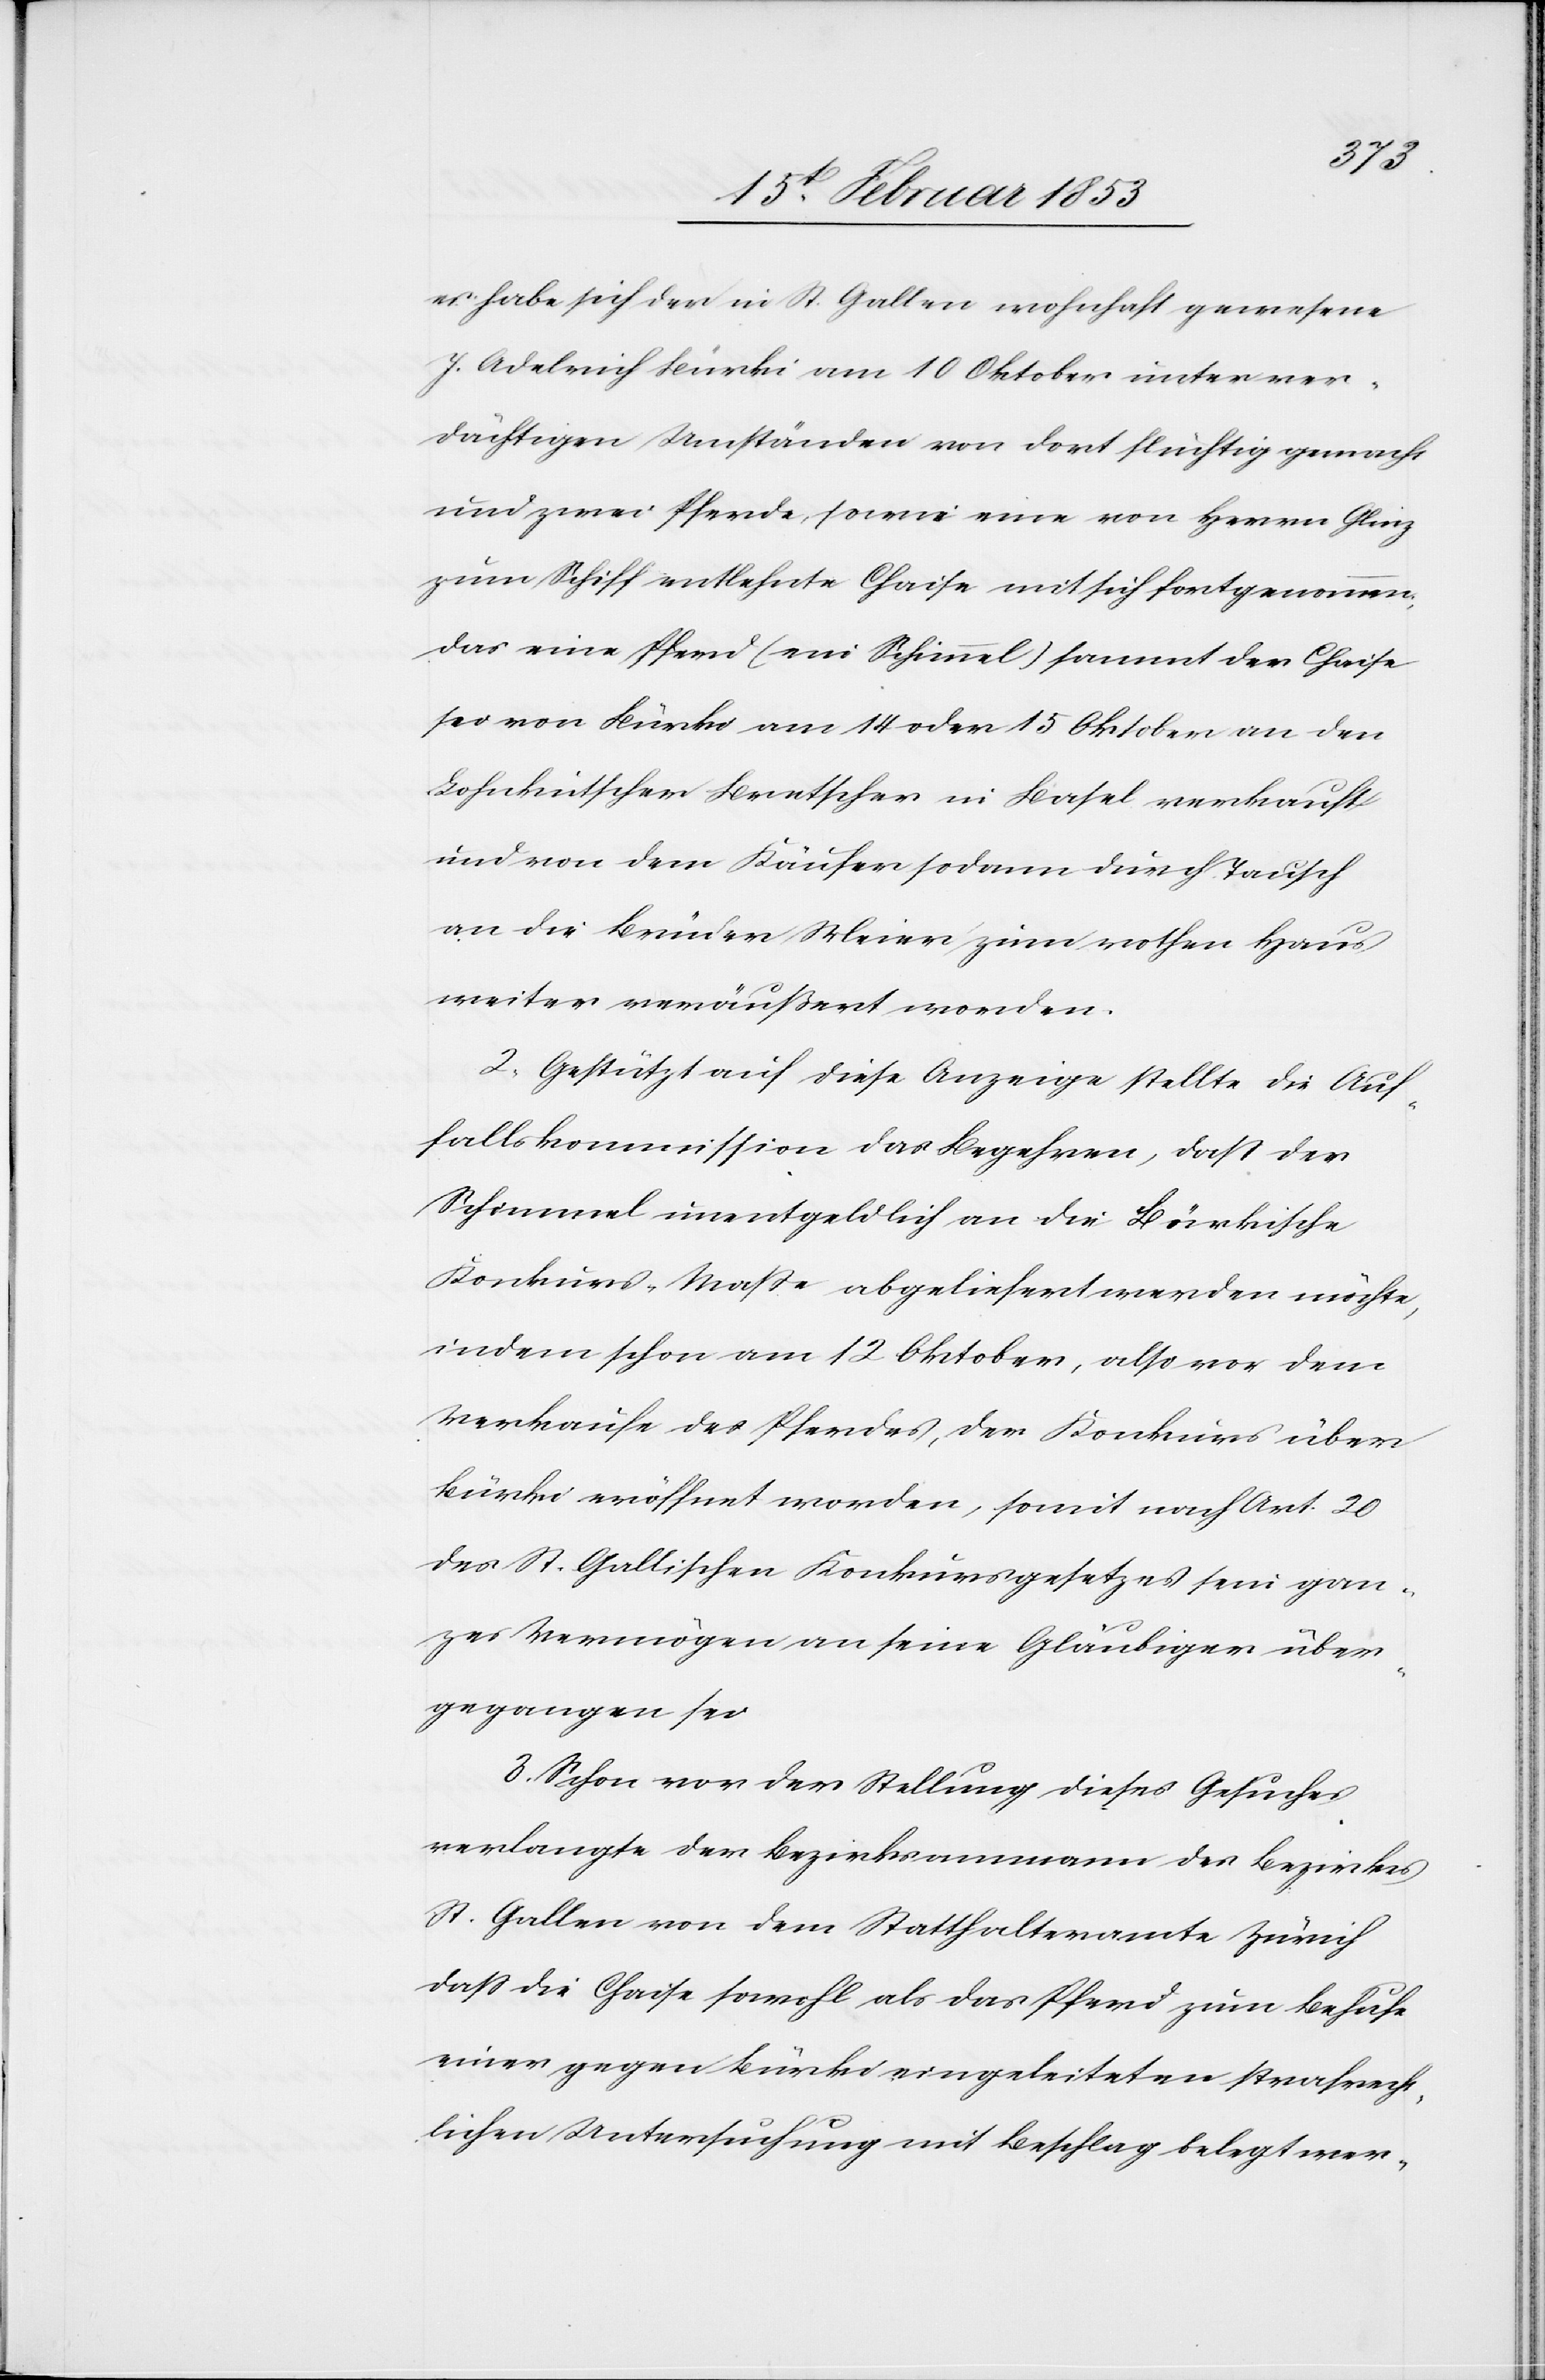
es habe sich der in St. Gallen wohnhaft gewesene
J. Adelrich Bürki am 10 Oktober unter ver¬
dächtigen Umständen von dort flüchtig gemacht
und zwei Pferde, sowie eine von Herrn Glinz
zum Schiff entlehnte Chaise mit sich fortgenommen,
das eine Pferd (ein Schimmel) sammt der Chaise
sei von Bürki am 14 oder 15 Oktober an den
Lohnkutscher Bretscher in Basel verkauft
und von dem Käufer sodann durch Tausch
an die Brüder Meier zum rothen Haus
weiter veräußert worden.
2, Gestützt auf diese Anzeige stellte die Auf¬
fallskommission das Begehren, daß der
Schimmel unentgeldlich an die Bürkische
Konkurs-Maße abgeliefert werde möchte,
indem schon am 12 Oktober, also vor dem
Verkaufe des Pferdes, der Konkurs über
Bürki eröffnet worden, somit nach Art. 20
des St. Gallischen Konkursgesetzes sein gan¬
zes Vermögen an seine Gläubiger über¬
gegangen sei.
3, Schon vor der Stellung dieses Gesuches
verlangte der Bezirksammann des Bezirkes
einer gegen Bürki eingeleiteten strafrech¬
tlichen Untersuchung mit Beschlag belegt wer-